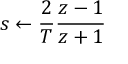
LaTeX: s \leftarrow { \frac { 2 } { T } } { \frac { z - 1 } { z + 1 } }